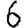
Digit: 6